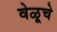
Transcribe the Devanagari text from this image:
वेळूचे